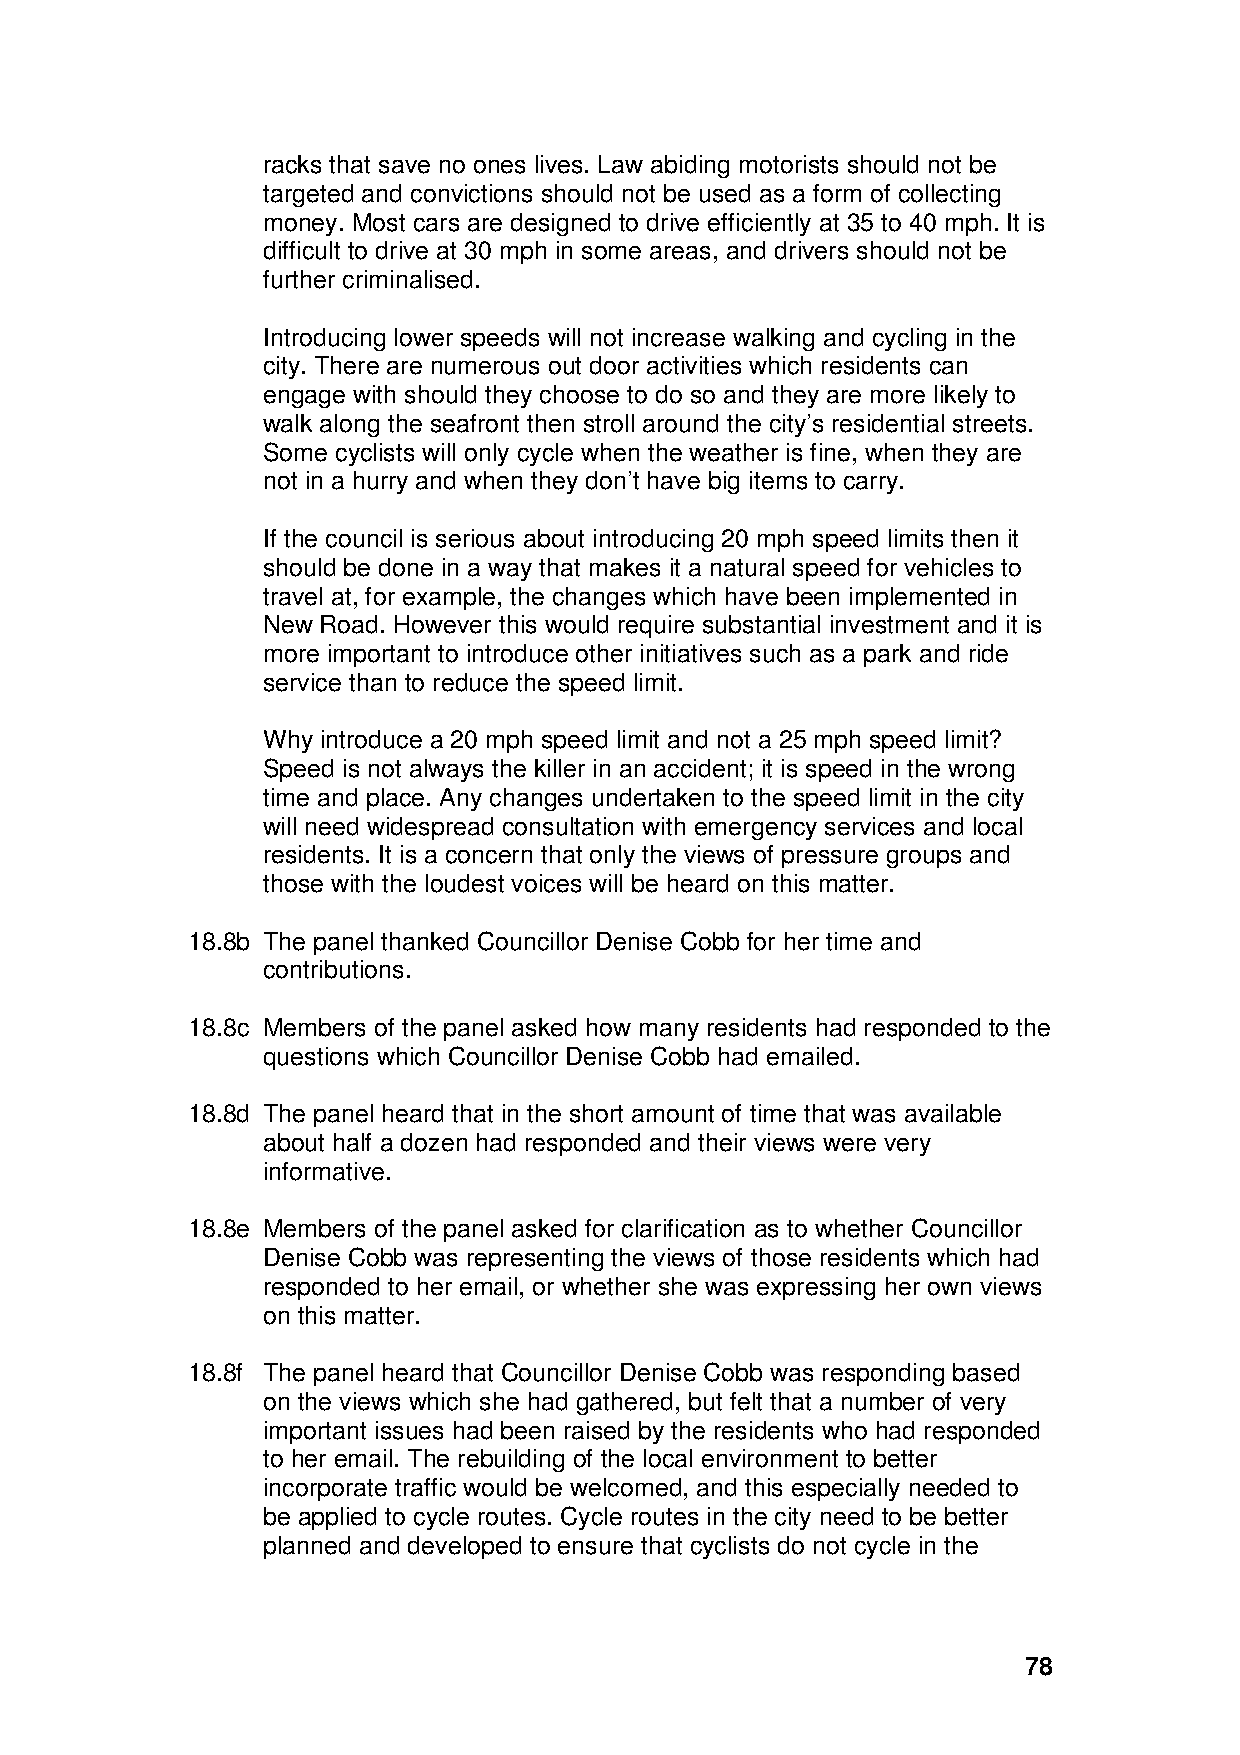
racks that save no ones lives. Law abiding motorists should not be
 targeted and convictions should not be used as a form of collecting
 money. Most cars are designed to drive efficiently at 35 to 40 mph. It is
 difficult to drive at 30 mph in some areas, and drivers should not be
 further criminalised.
 Introducing lower speeds will not increase walking and cycling in the
 city. There are numerous out door activities which residents can
 engage with should they choose to do so and they are more likely to
 walk along the seafront then stroll around the city’s residential streets.
 Some cyclists will only cycle when the weather is fine, when they are
 not in a hurry and when they don’t have big items to carry.
 If the council is serious about introducing 20 mph speed limits then it
 should be done in a way that makes it a natural speed for vehicles to
 travel at, for example, the changes which have been implemented in
 New Road. However this would require substantial investment and it is
 more important to introduce other initiatives such as a park and ride
 service than to reduce the speed limit.
 Why introduce a 20 mph speed limit and not a 25 mph speed limit?
 Speed is not always the killer in an accident; it is speed in the wrong
 time and place. Any changes undertaken to the speed limit in the city
 will need widespread consultation with emergency services and local
 residents. It is a concern that only the views of pressure groups and
 those with the loudest voices will be heard on this matter.
 18.8b The panel thanked Councillor Denise Cobb for her time and
 contributions.
 18.8c Members of the panel asked how many residents had responded to the
 questions which Councillor Denise Cobb had emailed.
 18.8d The panel heard that in the short amount of time that was available
 about half a dozen had responded and their views were very
 informative.
 18.8e Members of the panel asked for clarification as to whether Councillor
 Denise Cobb was representing the views of those residents which had
 responded to her email, or whether she was expressing her own views
 on this matter.
 18.8f The panel heard that Councillor Denise Cobb was responding based
 on the views which she had gathered, but felt that a number of very
 important issues had been raised by the residents who had responded
 to her email. The rebuilding of the local environment to better
 incorporate traffic would be welcomed, and this especially needed to
 be applied to cycle routes. Cycle routes in the city need to be better
 planned and developed to ensure that cyclists do not cycle in the
 78